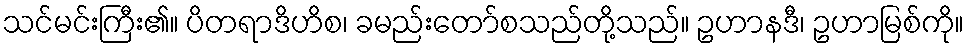
သင်မင်းကြီး၏။ ပိတရာဒိဟိစ၊ ခမည်းတော်စသည်တို့သည်။ ဥဟာနဒီ၊ ဥဟာမြစ်ကို။